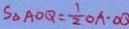
S _ { \Delta A O Q } = \frac { 1 } { 2 } O A \cdot O Q